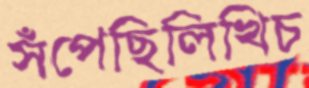
সঁপেছিলিখিচ